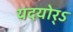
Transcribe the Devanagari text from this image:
यदयोर्ऽ